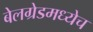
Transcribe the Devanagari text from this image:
बेलग्रेडमध्येच